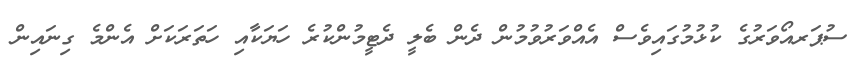
ސުޕަރއޯވަރުގެ ކުޅުމުގައިވެސް އެއްވަރުވުމުން ދެން ބެލީ ދެޓީމުންކުރެ ހަޔަކާއި ހަތަރަކަށް އެންމެ ގިނައިން